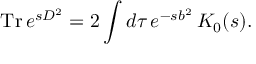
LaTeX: \mathrm { ~ T r } \, e ^ { s D ^ { 2 } } = 2 \int d \tau \, e ^ { - s b ^ { 2 } } \, K _ { 0 } ( s ) .